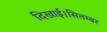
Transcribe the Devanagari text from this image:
दिखाई।सितम्बर